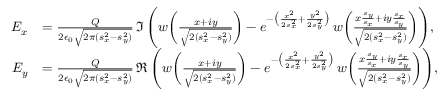
\begin{array} { r l } { E _ { x } } & { = \frac { Q } { 2 \epsilon _ { 0 } \sqrt { 2 \pi ( s _ { x } ^ { 2 } - s _ { y } ^ { 2 } ) } } \, \Im \, \Bigg ( w \bigg ( \frac { x + i y } { \sqrt { 2 ( s _ { x } ^ { 2 } - s _ { y } ^ { 2 } ) } } \bigg ) - e ^ { - \big ( \frac { x ^ { 2 } } { 2 s _ { x } ^ { 2 } } + \frac { y ^ { 2 } } { 2 s _ { y } ^ { 2 } } \big ) } \, w \bigg ( \frac { x \frac { s _ { y } } { s _ { x } } + i y \frac { s _ { x } } { s _ { y } } } { \sqrt { 2 ( s _ { x } ^ { 2 } - s _ { y } ^ { 2 } ) } } \bigg ) \Bigg ) , } \\ { E _ { y } } & { = \frac { Q } { 2 \epsilon _ { 0 } \sqrt { 2 \pi ( s _ { x } ^ { 2 } - s _ { y } ^ { 2 } ) } } \, \Re \, \Bigg ( w \bigg ( \frac { x + i y } { \sqrt { 2 ( s _ { x } ^ { 2 } - s _ { y } ^ { 2 } ) } } \bigg ) - e ^ { - \big ( \frac { x ^ { 2 } } { 2 s _ { x } ^ { 2 } } + \frac { y ^ { 2 } } { 2 s _ { y } ^ { 2 } } \big ) } \, w \bigg ( \frac { x \frac { s _ { y } } { s _ { x } } + i y \frac { s _ { x } } { s _ { y } } } { \sqrt { 2 ( s _ { x } ^ { 2 } - s _ { y } ^ { 2 } ) } } \bigg ) \Bigg ) , } \end{array}